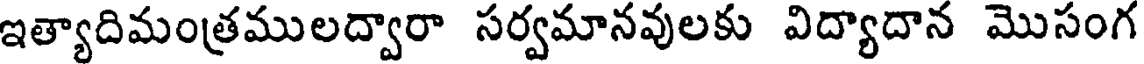
ఇత్యాదిమంత్రములద్వారా సర్వమానవులకు విద్యాదాన మొసంగ